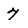
Character: 7